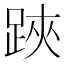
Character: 𨁂